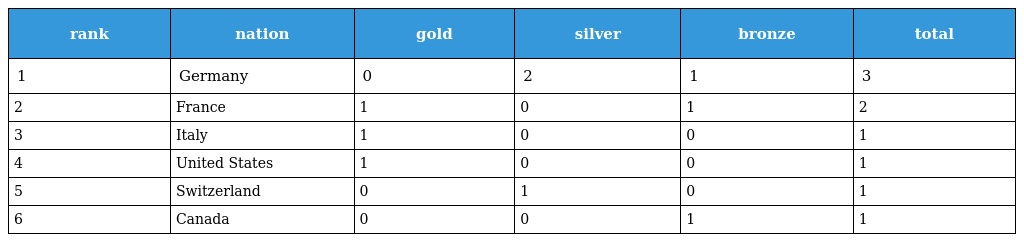
| rank | nation | gold | silver | bronze | total |
 | --- | --- | --- | --- | --- | --- |
 | 1 | Germany | 0 | 2 | 1 | 3 |
 | 2 | France | 1 | 0 | 1 | 2 |
 | 3 | Italy | 1 | 0 | 0 | 1 |
 | 4 | United States | 1 | 0 | 0 | 1 |
 | 5 | Switzerland | 0 | 1 | 0 | 1 |
 | 6 | Canada | 0 | 0 | 1 | 1 |